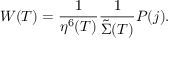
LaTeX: W ( T ) = \frac { 1 } { \eta ^ { 6 } ( T ) } \frac { 1 } { { \tilde { \Sigma } } ( T ) } { \cal P } ( j ) .